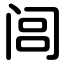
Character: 闾